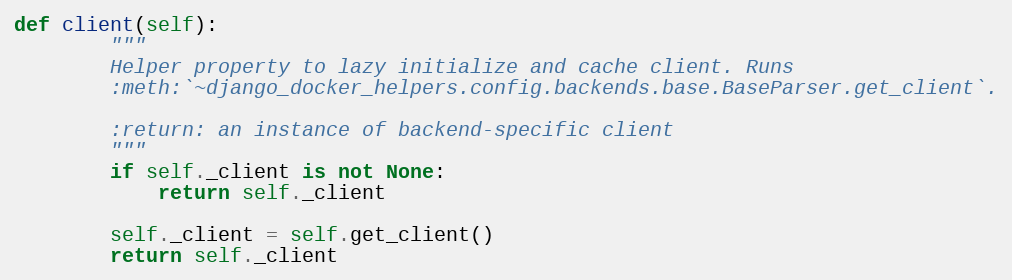
Language: Python
def client(self):
        """
        Helper property to lazy initialize and cache client. Runs
        :meth:`~django_docker_helpers.config.backends.base.BaseParser.get_client`.

        :return: an instance of backend-specific client
        """
        if self._client is not None:
            return self._client

        self._client = self.get_client()
        return self._client